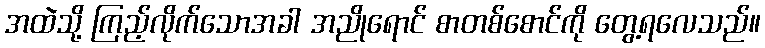
အထဲသို့ ကြည့်လိုက်သောအခါ အညိုရောင် စာတစ်စောင်ကို တွေ့ရလေသည်။